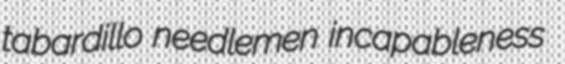
tabardillo needlemen incapableness